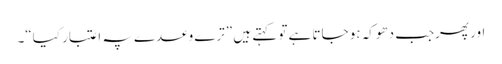
اور پھرجب دھوکہ ہو جاتا ہے تو کہتے ہیں ”ترے وعدے پہ اعتبار کیا“۔